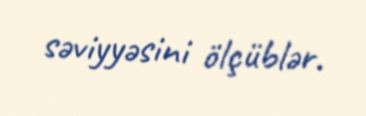
səviyyəsini ölçüblər.